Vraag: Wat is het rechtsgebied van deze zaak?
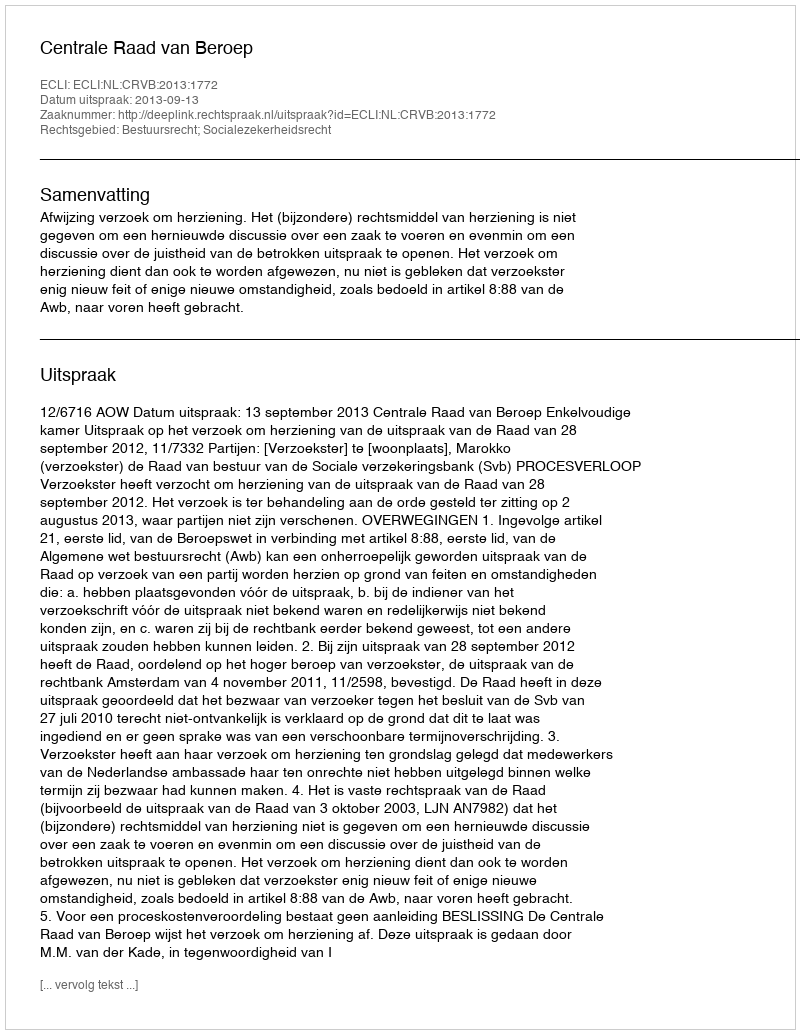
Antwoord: Bestuursrecht; Socialezekerheidsrecht